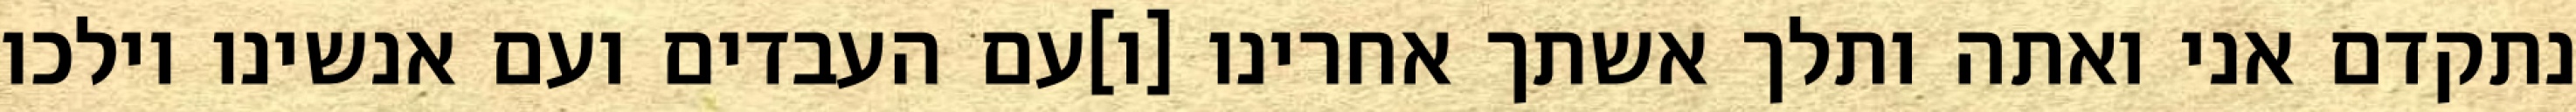
נתקדם אני ואתה ותלך אשתך אחרינו [ו]עם העבדים ועם אנשינו וילכו